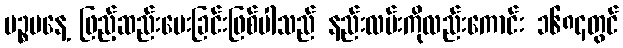
ပဉ္စမနေ့ ဖြည့်ဆည်းပေးခြင်းဖြစ်ပါသည် နည်းလမ်းကိုလည်းကောင်း ၁၆၈၄တွင်